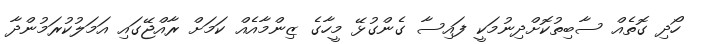
ހޯދި ގޮތެއް ސާބިތުކޮށްދިނުމަކީ ފައިސާ ގެންގުޅޭ މީހާގެ ޒިންމާއެއް ކަމަށް ރާއްޖޭގައި އަމަލުކުރަމުންދާ